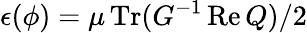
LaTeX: \epsilon(\phi)={\mu}\operatorname{Tr}(G^{-1}\operatorname{Re}Q)/2